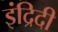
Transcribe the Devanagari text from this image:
इंद्रिदी